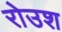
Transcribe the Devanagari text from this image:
रोउश